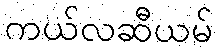
ကယ်လဆီယမ်